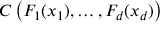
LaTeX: C \left( F _ { 1 } ( x _ { 1 } ) , \dots , F _ { d } ( x _ { d } ) \right)